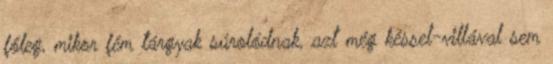
főleg, mikor fém tárgyak súrolódnak, azt még késsel-villával sem